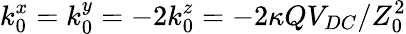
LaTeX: k_{0}^{x}=k_{0}^{y}=-2k_{0}^{z}=-2\kappa QV_{DC}/Z_{0}^{2}